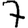
Digit: 7